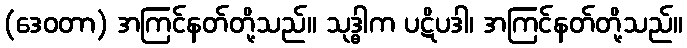
(ဒေဝတာ) အကြင်နတ်တို့သည်။ သုဒ္ဓါက ပဋိပဒါ၊ အကြင်နတ်တို့သည်။